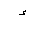
Letter: _hamza